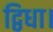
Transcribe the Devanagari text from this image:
द्विधा।